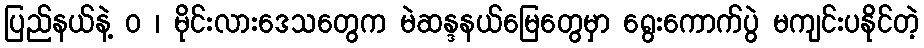
ပြည်နယ်နဲ့ ဝ ၊ မိုင်းလားဒေသတွေက မဲဆန္ဒနယ်မြေတွေမှာ ရွေးကောက်ပွဲ မကျင်းပနိုင်တဲ့